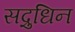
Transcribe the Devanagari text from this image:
सद्रुधिन